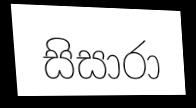
සිසාරා